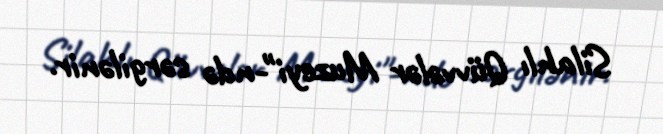
Silahlı Qüvvələr Muzeyi"-ndə sərgilənir.